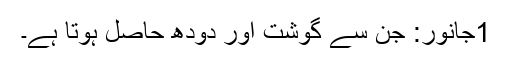
1جانور: جن سے گوشت اور دودھ حاصل ہوتا ہے۔